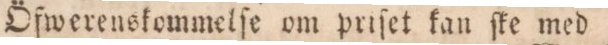
Öfwerenskommelſe om priſet kan ſke med